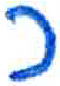
אות: כ